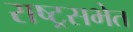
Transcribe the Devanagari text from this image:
राष्ट्रसभेत